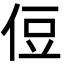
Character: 侸